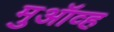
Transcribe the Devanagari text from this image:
मुऑव्ह